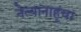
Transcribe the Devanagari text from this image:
नेत्यानाहूंचा